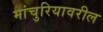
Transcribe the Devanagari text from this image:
मांचुरियावरील